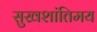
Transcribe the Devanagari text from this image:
सुखशांतिमय